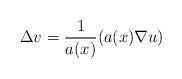
LaTeX: \begin{align*}\Delta v=\frac{1}{a(x)}(a(x)\nabla u) \end{align*}